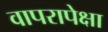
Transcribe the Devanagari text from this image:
वापरापेक्षा